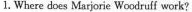
1. Where does Marjorie Woodrufi work?